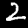
Label: 2